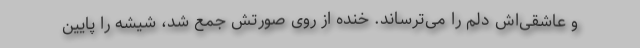
و عاشقی‌اش دلم را می‌ترساند. خنده از روی صورتش جمع شد، شیشه را پایین